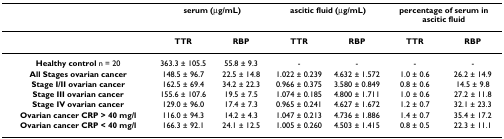
<table><thead><tr><td></td><td colspan="2"><b>serum (μg/mL)</b></td><td colspan="2"><b>ascitic fluid (μg/mL)</b></td><td colspan="2"><b>percentage of serum in ascitic fluid</b></td></tr></thead><tbody><tr><td></td><td><b>TTR</b></td><td><b>RBP</b></td><td><b>TTR</b></td><td><b>RBP</b></td><td><b>TTR</b></td><td><b>RBP</b></td></tr><tr><td><b>Healthy control </b>n = 20</td><td>363.3 ± 105.5</td><td>55.8 ± 9.3</td><td>-</td><td>-</td><td>-</td><td>-</td></tr><tr><td><b>All Stages ovarian cancer</b></td><td>148.5 ± 96.7</td><td>22.5 ± 14.8</td><td>1.022 ± 0.239</td><td>4.632 ± 1.572</td><td>1.0 ± 0.6</td><td>26.2 ± 14.9</td></tr><tr><td><b>Stage I/II ovarian cancer</b></td><td>162.5 ± 69.4</td><td>34.2 ± 22.3</td><td>0.966 ± 0.375</td><td>3.580 ± 0.849</td><td>0.8 ± 0.6</td><td>14.5 ± 9.8</td></tr><tr><td><b>Stage III ovarian cancer</b></td><td>155.6 ± 107.6</td><td>19.5 ± 7.5</td><td>1.074 ± 0.185</td><td>4.800 ± 1.711</td><td>1.0 ± 0.6</td><td>27.2 ± 11.8</td></tr><tr><td><b>Stage IV ovarian cancer</b></td><td>129.0 ± 96.0</td><td>17.4 ± 7.3</td><td>0.965 ± 0.241</td><td>4.627 ± 1.672</td><td>1.2 ± 0.7</td><td>32.1 ± 23.3</td></tr><tr><td><b>Ovarian cancer CRP &gt; 40 mg/l</b></td><td>116.0 ± 94.3</td><td>14.2 ± 4.3</td><td>1.047 ± 0.213</td><td>4.736 ± 1.886</td><td>1.4 ± 0.7</td><td>35.4 ± 17.2</td></tr><tr><td><b>Ovarian cancer CRP &lt; 40 mg/l</b></td><td>166.3 ± 92.1</td><td>24.1 ± 12.5</td><td>1.005 ± 0.260</td><td>4.503 ± 1.415</td><td>0.8 ± 0.5</td><td>22.3 ± 11.1</td></tr></tbody></table>